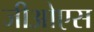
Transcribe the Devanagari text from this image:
जीओएस